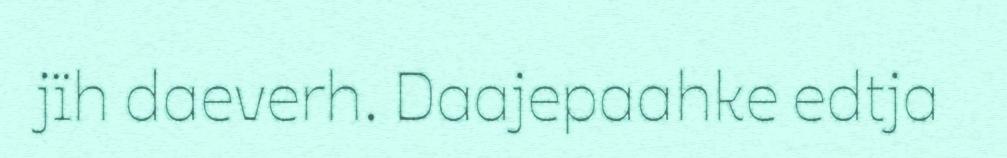
jïh daeverh. Daajepaahke edtja